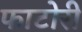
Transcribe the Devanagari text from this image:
फाटोरी